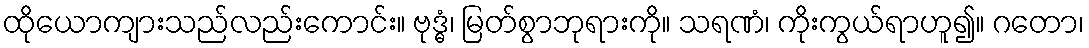
ထိုယောကျားသည်လည်းကောင်း။ ဗုဒ္ဓံ၊ မြတ်စွာဘုရားကို။ သရဏံ၊ ကိုးကွယ်ရာဟူ၍။ ဂတော၊